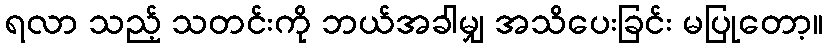
ရလာ သည့် သတင်းကို ဘယ်အခါမျှ အသိပေးခြင်း မပြုတော့။